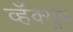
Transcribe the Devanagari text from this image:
व्हॅक्यूम